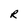
Character: R